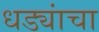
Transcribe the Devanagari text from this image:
धड्यांचा